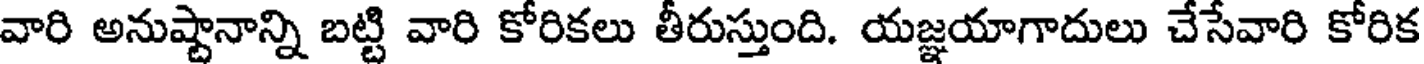
వారి అనుష్టానాన్ని బట్టి వారి కోరికలు తీరుస్తుంది. యజ్ఞయాగాదులు చేసేవారి కోరిక